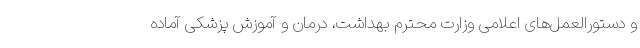
و دستورالعمل‌های اعلامی وزارت محترم بهداشت، درمان و آموزش پزشکی آماده